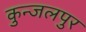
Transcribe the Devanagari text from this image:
कुन्जलपुर